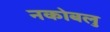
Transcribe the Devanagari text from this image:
नकोबलु